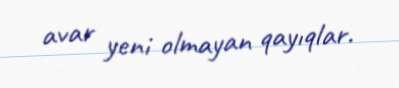
avar yeni olmayan qayıqlar.